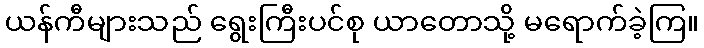
ယန်ကီများသည် ရွေးကြီးပင်စု ယာတောသို့ မရောက်ခဲ့ကြ။